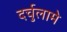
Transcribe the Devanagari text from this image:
दर्चुलामे